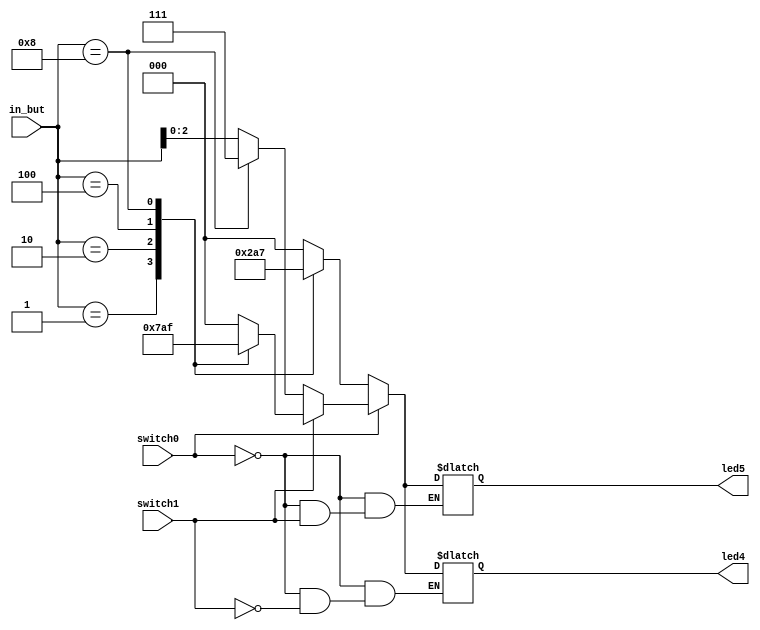
`timescale 1ns / 1ps

module rgb_control(led4, led5, switch0, switch1, in_but);
    input switch0, switch1;
    input [3:0]in_but;
    output reg [2:0]led4, led5;
    
    always@ (switch0, switch1, in_but) begin
        if (switch0 == 1'b0) begin
            if (switch1 == 1'b0) begin
                case (in_but)
                    4'b0001: led5 = 3'b001;
                    4'b0010: led5 = 3'b010;
                    4'b0100: led5 = 3'b100;
                    4'b1000: led5 = 3'b111;
                    default: led5 = 3'b000;
                endcase
            end
            else begin
                case (in_but)
                    4'b0001: led4 = 3'b001;
                    4'b0010: led4 = 3'b010;
                    4'b0100: led4 = 3'b100;
                    4'b1000: led4 = 3'b111;
                    default: led4 = 3'b000;
                endcase
            end  
        end
        else if (switch0 == 1'b1) begin
            if (switch1 == 1'b0) begin
                case (in_but)
                    4'b1000: begin
                        led5 = 3'b111;
                        led4 = 3'b111;
                    end
                    default: begin 
                        led5 = in_but[2:0];
                        led4 = in_but[2:0];
                    end
                endcase
            end
            else begin
                case (in_but)
                    4'b0001: begin
                        led5 = 3'b011;
                        led4 = 3'b011;
                    end
                    4'b0010: begin
                        led5 = 3'b110;
                        led4 = 3'b110;
                    end
                    4'b0100: begin
                        led5 = 3'b101;
                        led4 = 3'b101;
                    end
                    4'b1000: begin
                        led5 = 3'b111;
                        led4 = 3'b111;
                    end
                    default: begin 
                        led5 = 3'b000;
                        led4 = 3'b000;
                    end 
                endcase
            end 
        end
    end

endmodule